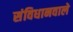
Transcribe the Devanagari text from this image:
संविधानवाले